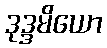
ဒုဒ္ဒမိယော